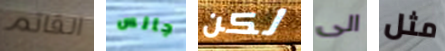
القاتم جالس لكن الى مثل